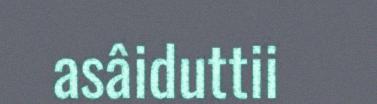
asâiduttii